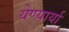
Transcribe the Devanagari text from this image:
येण्यार्या